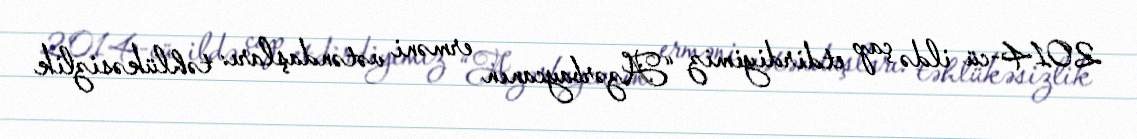
2014-cü ildə çap etdirdiyimiz “Azərbaycanın erməni vətəndaşları: təhlükəsizlik